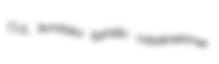
CUL kundalini typhlitic catakinetomer